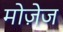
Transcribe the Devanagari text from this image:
मोज़ेज